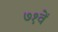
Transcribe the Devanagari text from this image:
७१वें